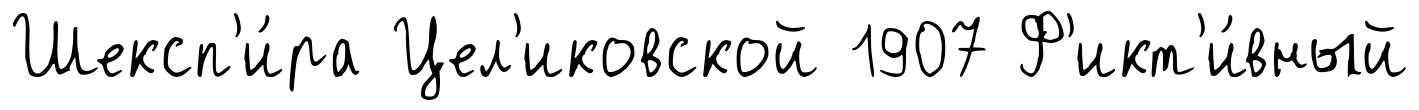
Шексп'и́ра Цел'иковской 1907 Ф'икт'и́вный